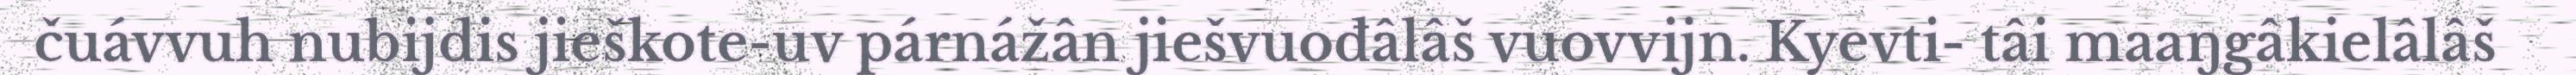
čuávvuh nubijdis jieškote-uv párnážân jiešvuođâlâš vuovvijn. Kyevti- tâi maaŋgâkielâlâš